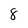
Character: 8